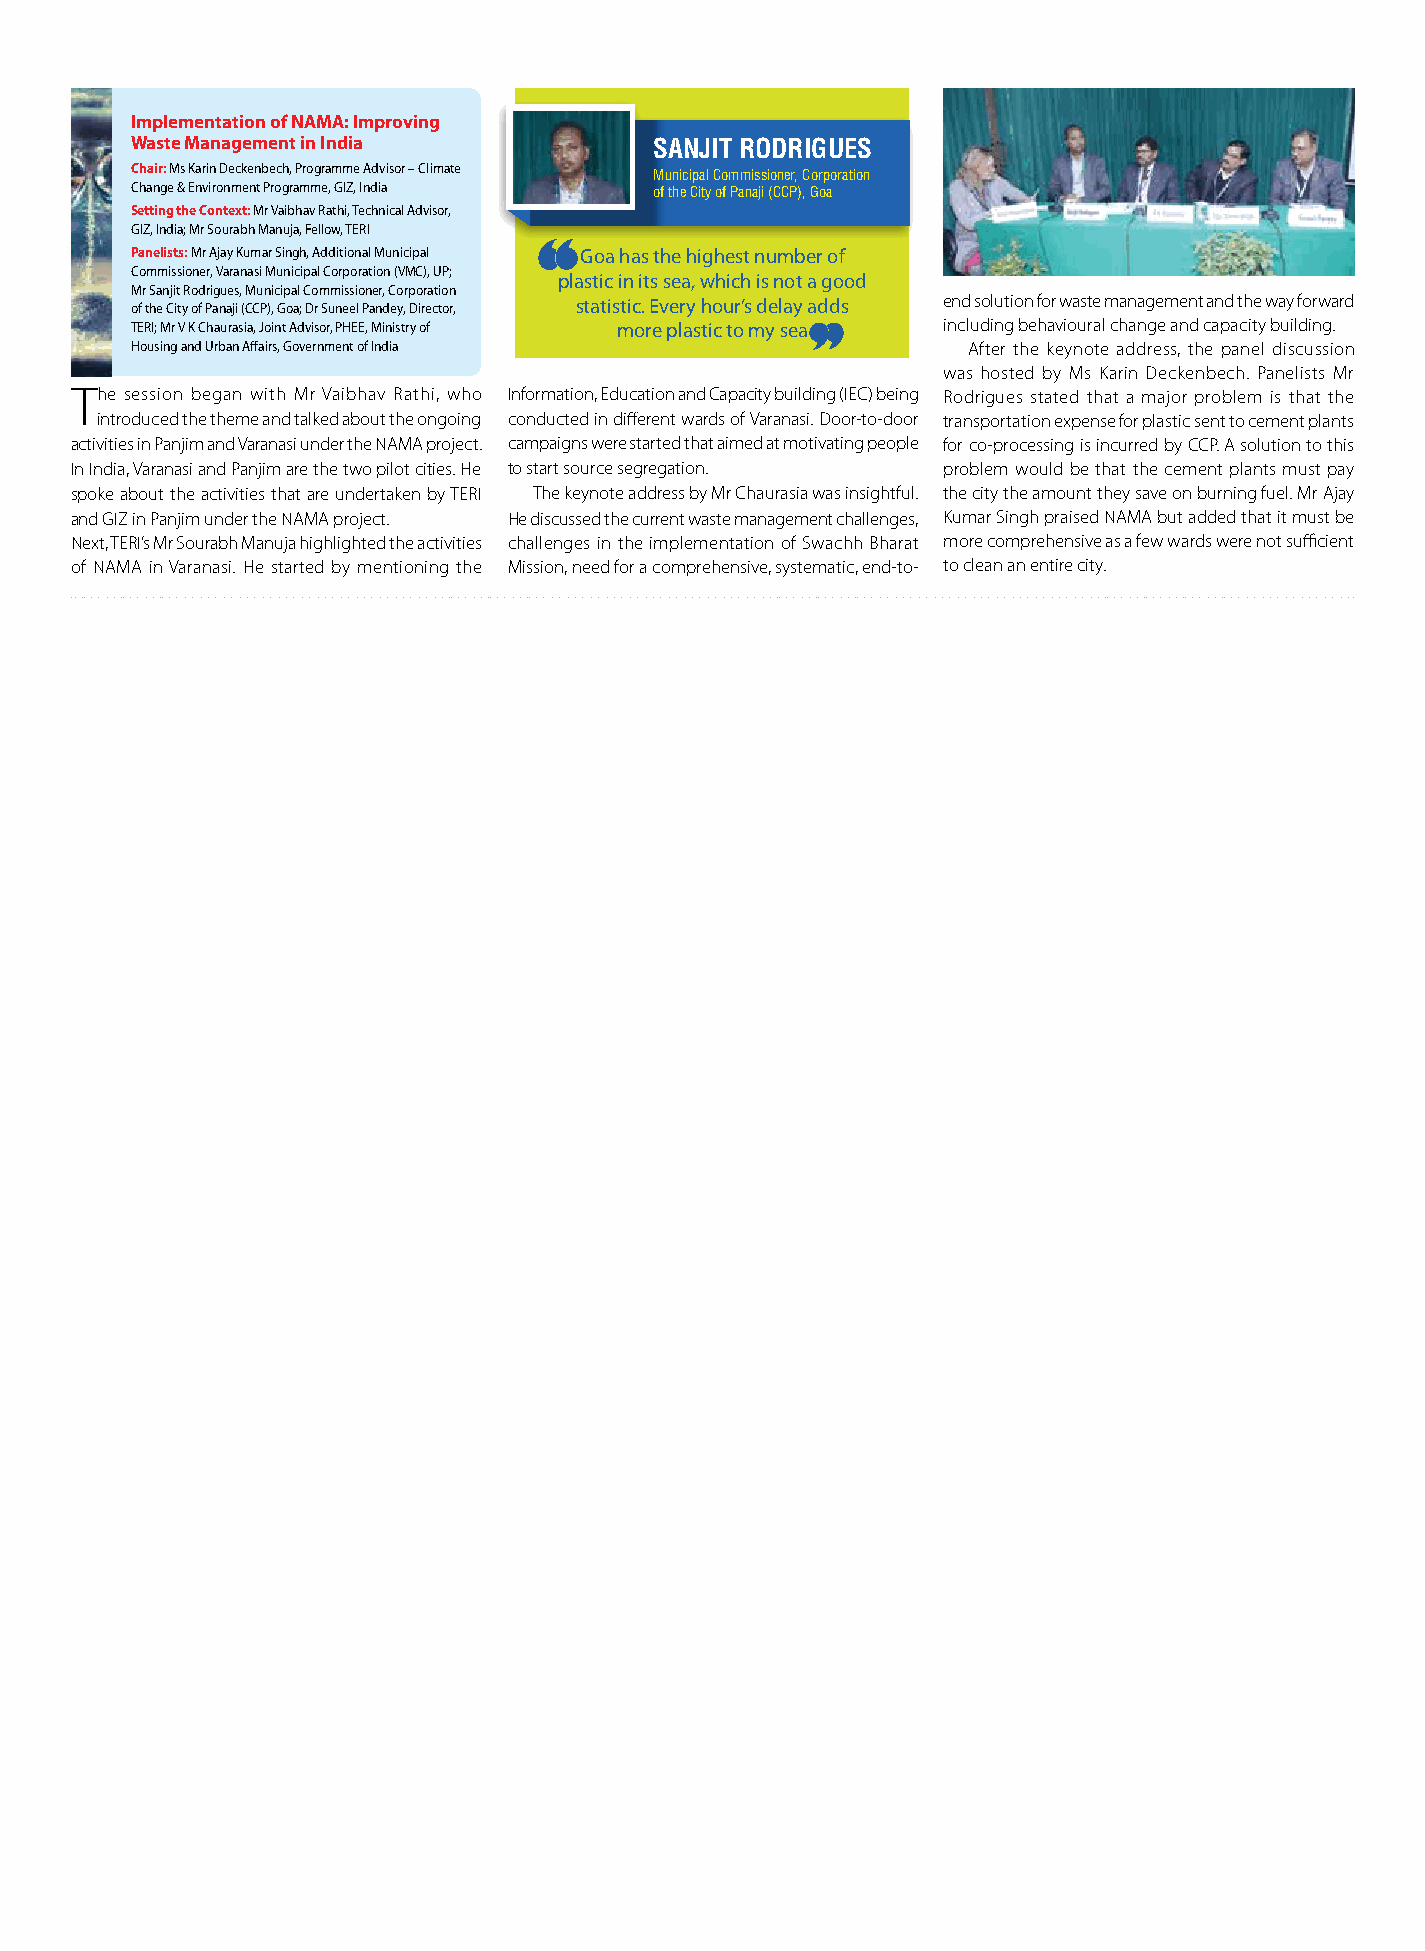
Implementation of NAMA: Improving
 Waste Management in India         SANJIT RODRIGUES
 Chair: Ms Karin Deckenbech, Programme Advisor – Climate
 Municipal Commissioner, Corporation
 Change & Environment Programme, GIZ, India of the City of Panaji (CCP), Goa
 Setting the Context: Mr Vaibhav Rathi, Technical Advisor,
 GIZ, India; Mr Sourabh Manuja, Fellow, TERI
 Panelists: Mr Ajay Kumar Singh, Additional Municipal Goa has the highest number of
 Commissioner, Varanasi Municipal Corporation (VMC), UP;
 plastic in its sea, which is not a good
 Mr Sanjit Rodrigues, Municipal Commissioner, Corporation
 of the City of Panaji (CCP), Goa; Dr Suneel Pandey, Director, statistic. Every hour’s delay adds end solution for waste management and the way forward
 TERI; Mr V K Chaurasia, Joint Advisor, PHEE, Ministry of more plastic to my sea including behavioural change and capacity building.
 Housing and Urban Affairs, Government of India         After the keynote address, the panel discussion
 was hosted by Ms Karin Deckenbech. Panelists Mr
 The session began with Mr Vaibhav Rathi, who Information, Education and Capacity building (IEC) being Rodrigues stated that a major problem is that the
 introduced the theme and talked about the ongoing conducted in different wards of Varanasi. Door-to-door transportation expense for plastic sent to cement plants
 activities in Panjim and Varanasi under the NAMA project. campaigns were started that aimed at motivating people for co-processing is incurred by CCP. A solution to this
 In India, Varanasi and Panjim are the two pilot cities. He to start source segregation. problem would be that the cement plants must pay
 spoke about the activities that are undertaken by TERI The keynote address by Mr Chaurasia was insightful. the city the amount they save on burning fuel. Mr Ajay
 and GIZ in Panjim under the NAMA project. He discussed the current waste management challenges, Kumar Singh praised NAMA but added that it must be
 Next, TERI’s Mr Sourabh Manuja highlighted the activities challenges in the implementation of Swachh Bharat more comprehensive as a few wards were not sufficient
 of NAMA in Varanasi. He started by mentioning the Mission, need for a comprehensive, systematic, end-to- to clean an entire city.